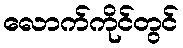
လောက်ကိုင်တွင်